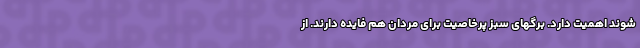
شوند اهمیت دارد. برگهای سبز پرخاصیت برای مردان هم فایده دارند. از